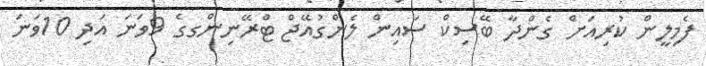
ފެމިލީން ކުރިއަށް ގެންދާ ބޭސިކް ސައިން ލެންގުއޭޖް ޓްރޭނިންގގެ 9ވަނަ އަދި 10ވަނަ